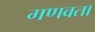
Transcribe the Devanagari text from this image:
गणवता